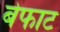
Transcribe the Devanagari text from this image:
बेफाट